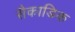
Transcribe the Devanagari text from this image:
सैकाडिक